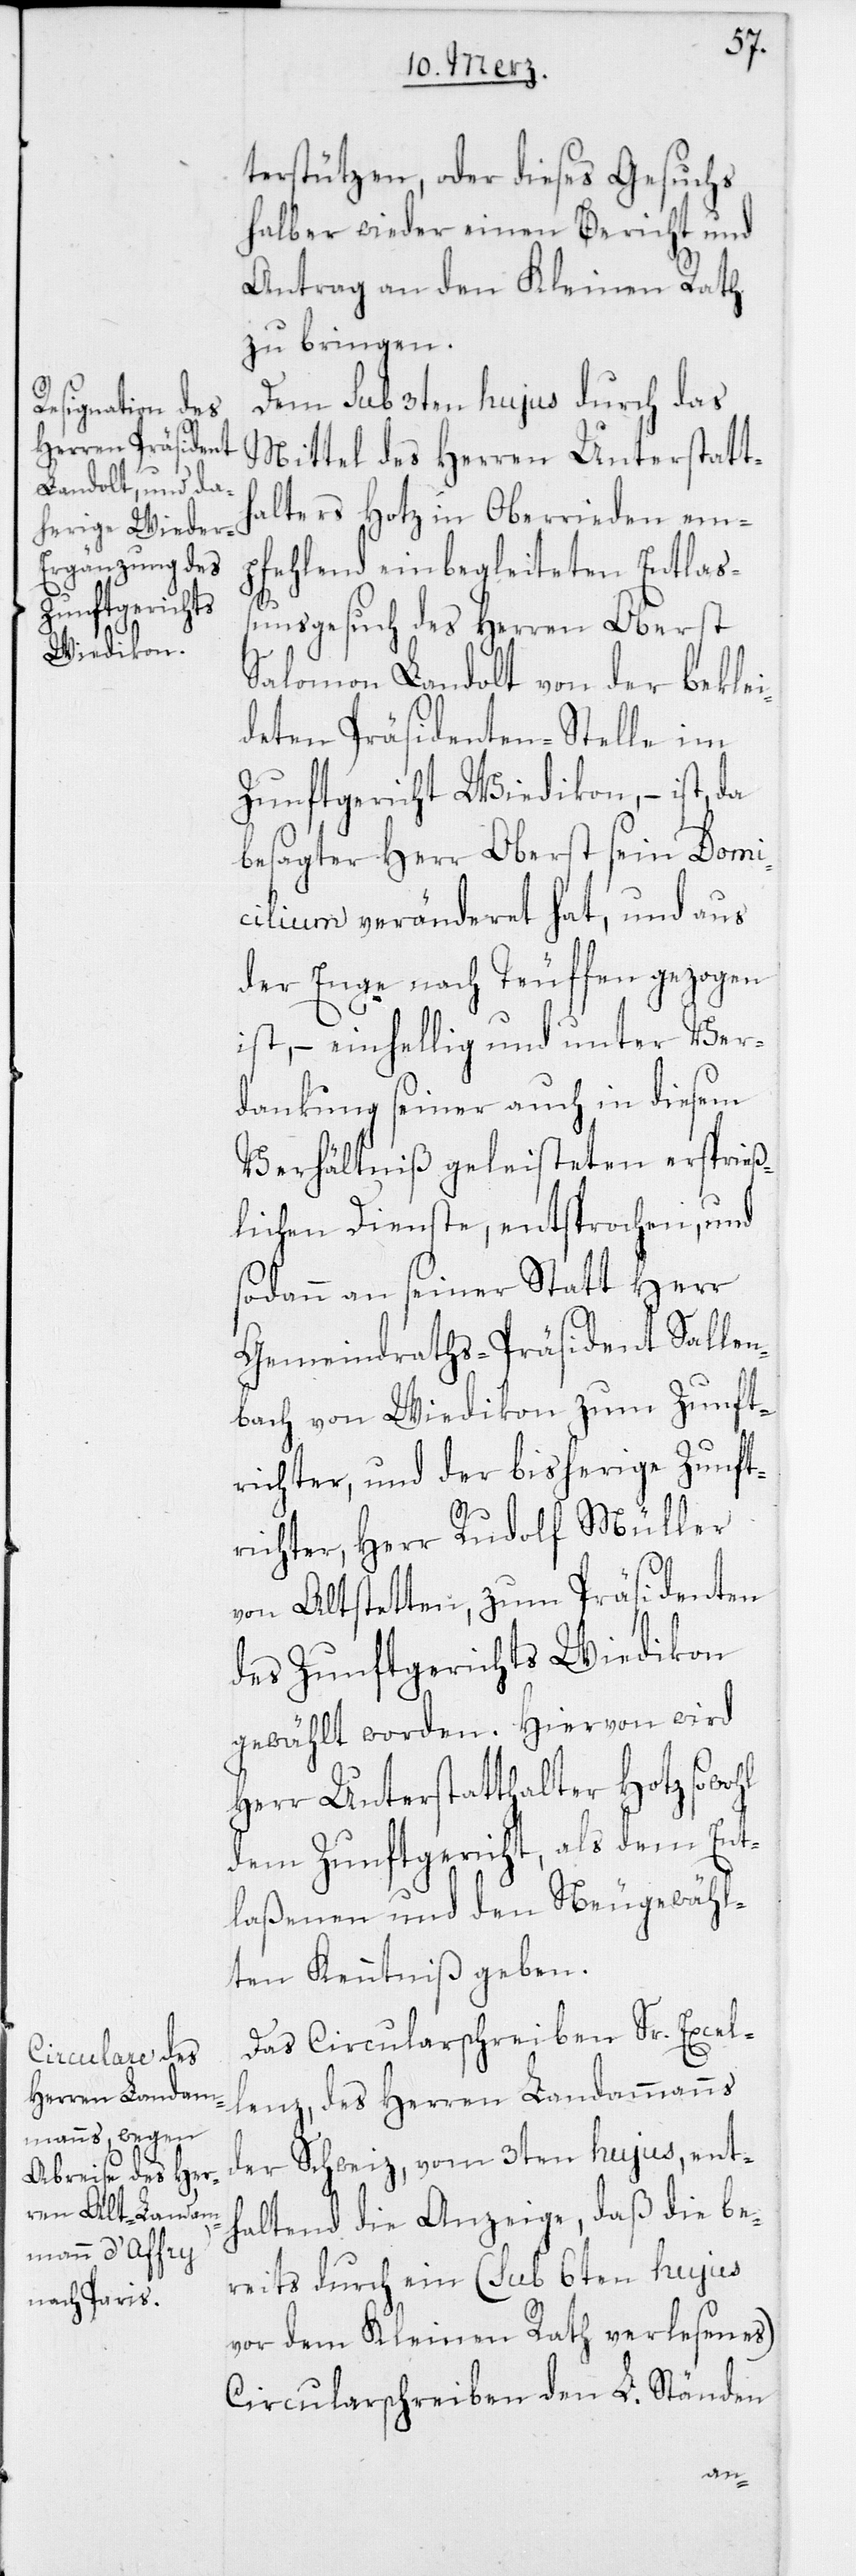
terstützen, oder dieses Gesuchs
halber wieder einen Bericht und
Antrag an den Kleinen Rath
zu bringen.
Dem sub 3ten hujus durch das
Mittel des Herren Unterstatth¬
alters Hotz in Oberrieden em¬
pfehlend einbegleiteten Entlaß¬
ungsgesuch des Herren Oberst
Salomon Landolt von der beklei¬
deten Präsidenten-Stelle im
Zunftgericht Wiedikon, – ist, da
besagter Herr Oberst sein Domi¬
cilium veränderet hat, und aus
der Enge nach Teuffen gezogen
ist, – einhellig und unter Ver¬
dankung seiner auch in diesem
Verhältniß geleisteten ersprieß¬
lichen Dienste, entsprochen, und
sodann an seiner Statt Herr
Gemeindraths-Präsident Sallen¬
bach von Wiedikon zum Zunft¬
richter, und der bisherige Zunft¬
richter, Herr Rudolf Müller
von Altstetten, zum Präsidenten
des Zunftgerichts Wiedikon
gewählt worden. Hiervon wird
Herr Unterstatthalter Hotz sowohl
dem Zunftgericht, als dem Ent¬
laßenen und dem Neugewähl¬
ten Kenntniß geben.
Das Circularschreiben Sr. Excel¬
lenz, des Herren Landammanns
der Schweiz, vom 3ten hujus, ent¬
haltend die Anzeige, daß die be¬
reits durch ein (sub 6ten hujus
vor dem Kleinen Rath verlesenes)
Circularschreiben den L. Ständen